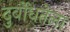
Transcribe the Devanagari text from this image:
दुर्बोधतेला